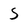
Character: 5